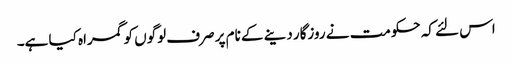
اس لئے کہ حکومت نے روزگار دینے کے نام پر صرف لوگوں کو گمراہ کیا ہے۔